Civil Veterinary Dept. North-West Frontier Province 1901-22 - 1901-1922
Year: 1901
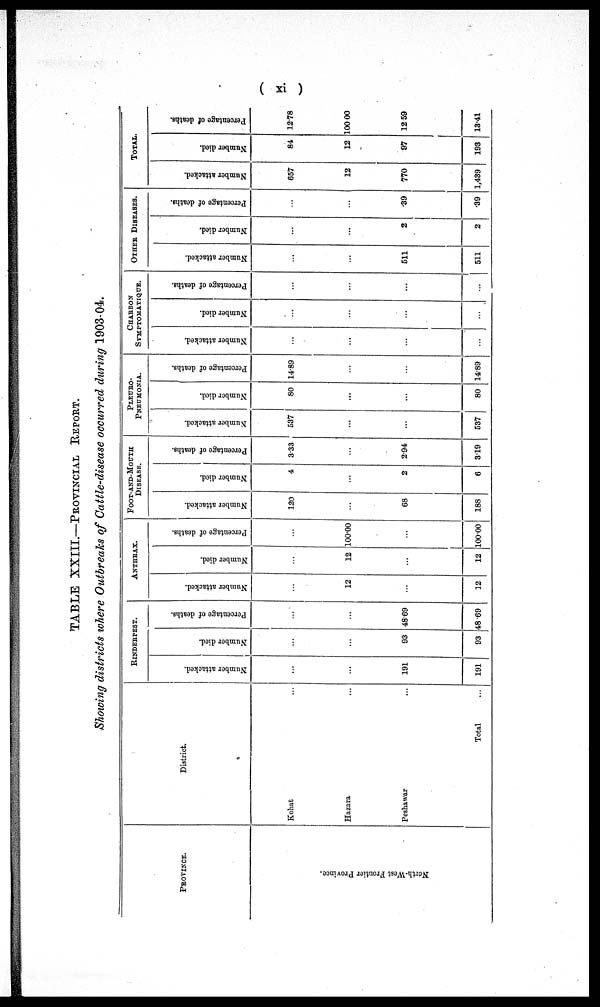
(xi)
TABLE XXIII.—PROVINCIAL REPORT.
Showing districts where Outbreaks of Cattle-disease occurred during 1903-04.
PROVINCE.
Nor th-
Wc s
t Fr out i
er Pr ovi nce.
District.
Kohat ...
Hazara ...
Peshawar ...
Total
RIDERPEST.
Number attacked.
...
...
191
191
Number died.
...
...
93
93
Percentage of deaths.
...
...
48.69
48.69
ANTHRAX.
Number attacked.
...
12
...
12
Number died.
...
12
...
12
Percentage of deaths.
...
100.00
...
100.00
FOOT-AND-MOUTH
DISEASE.
Number attacked.
120
...
68
188
Number died.
4
...
2
6
Percentage of deaths.
3.33
...
2.94
3.19
PLEURO-
--------.
Number attacked.
537
...
...
537
Number died.
80
...
...
80
Percentage of deaths.
14.89
...
...
14.89
CHARBON
SYMPTOMATIQUE.
Number attacked.
...
...
...
...
Number died.
...
...
...
...
Percentage of deaths.
...
...
...
...
OTHER DISEASES.
Number attacked.
...
...
511
511
Number died.
...
...
2
2
Percentage of deaths.
...
...
39
39
TOTAL.
Number attacked.
657
12
770
1,439
Number died.
84
12
97
193
Percentage of deaths.
12.78
100 00
12 59
13.41